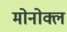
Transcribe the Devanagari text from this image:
मोनोक्ल